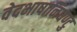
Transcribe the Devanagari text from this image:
वेदभाषानिघण्टु